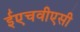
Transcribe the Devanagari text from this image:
ईएचवीएसी